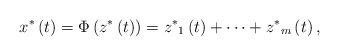
LaTeX: \begin{align*}x^{*}\left(t\right)=\Phi\left(z^{*}\left(t\right)\right)={z^{*}}_{1}\left(t\right)+\cdots+{z^{*}}_{m}\left(t\right),\end{align*}